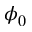
\phi _ { 0 }